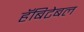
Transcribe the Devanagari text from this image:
हॅबिटेबल